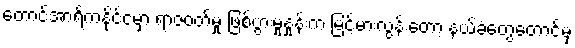
တောင်အာရိကနိုင်ငံမှာ ရာဇဝတ်မှု ဖြစ်ပွားမှုနှုန်းက မြင့်မားလွန်းတော့ နယ်ခံတွေတောင်မှ